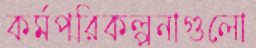
কর্মপরিকল্পনাগুলো